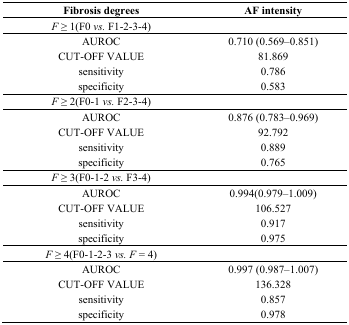
| Fibrosis degrees | AF intensity |
 | --- | --- |
 | F ≥ 1(F0 vs. F1-2-3-4) |  |
 | AUROC | 0.710 (0.569–0.851) |
 | CUT-OFF VALUE | 81.869 |
 | sensitivity | 0.786 |
 | specificity | 0.583 |
 | F ≥ 2(F0-1 vs. F2-3-4) |  |
 | AUROC | 0.876 (0.783–0.969) |
 | CUT-OFF VALUE | 92.792 |
 | sensitivity | 0.889 |
 | specificity | 0.765 |
 | F ≥ 3(F0-1-2 vs. F3-4) |  |
 | AUROC | 0.994(0.979–1.009) |
 | CUT-OFF VALUE | 106.527 |
 | sensitivity | 0.917 |
 | specificity | 0.975 |
 | F ≥ 4(F0-1-2-3 vs. F = 4) |  |
 | AUROC | 0.997 (0.987–1.007) |
 | CUT-OFF VALUE | 136.328 |
 | sensitivity | 0.857 |
 | specificity | 0.978 |